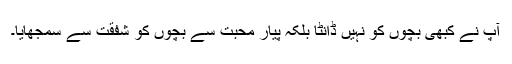
آپۖ نے کبھی بچوں کو نہیں ڈانٹا بلکہ پیار محبت سے بچوں کو شفقت سے سمجھایا۔